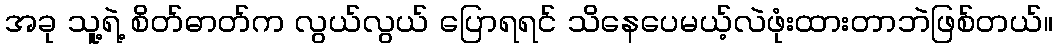
အခု သူ့ရဲ့ စိတ်ဓာတ်က လွယ်လွယ် ပြောရရင် သိနေပေမယ့်လဲဖုံးထားတာဘဲဖြစ်တယ်။